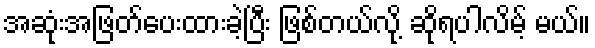
အဆုံးအဖြတ်ပေးထားခဲ့ပြီး ဖြစ်တယ်လို့ ဆိုရပါလိမ့် မယ်။